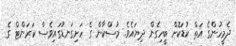
ދެމީހުންގެ އަތް ކުޑަކޮށް ބީހިގެން ދިޔައެވެ. މުސްކާން ގެ ހަށިގަނޑުގައިވެސް ކަރަންޓް ގެ